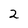
Character: 2